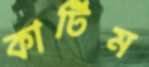
কার্টিম